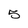
Character: 5